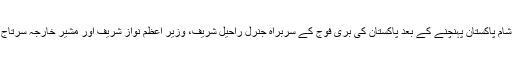
سعودی وزیرِ خارجہ نے جمعرات کی شام پاکستان پہنچنے کے بعد پاکستان کی برّی فوج کے سربراہ جنرل راحیل شریف، وزیر اعظم نواز شریف اور مشیرِ خارجہ سرتاج عزیز سے الگ الگ ملاقاتیں کیں تھیں۔